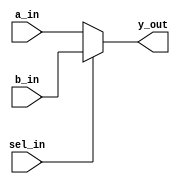
`timescale 1ns / 1ps
//////////////////////////////////////////////////////////////////////////////////
// Company: 
// Engineer: 
// 
// Design Name: 
// Module Name: mux_2to1
// Project Name: 
// Target Devices: 
// Tool Versions: 
// Description: 
// 
// Dependencies: 
// 
// Revision:
// Revision 0.01 - File Created
// Additional Comments:
// 
//////////////////////////////////////////////////////////////////////////////////


module mux_2to1(
                    input a_in, b_in ,sel_in,
                    output y_out
    );
    
assign y_out = sel_in ? b_in : a_in;
endmodule